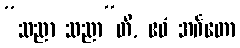
“သညာ သညာ”တိ, ဧဝံ အင်္ဂတော